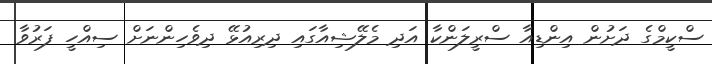
ސްކީމްގެ ދަށުން އިންޑިއާ ސްރީލަންކާ އަދި މެލޭޝިއާގައި ދިރިއުޅޭ ދިވެހިންނަށް ސިއްހީ ފަރުވާ